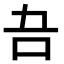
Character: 𭇁